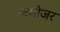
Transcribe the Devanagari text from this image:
कमोजर